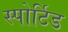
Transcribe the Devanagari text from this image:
स्पोर्टिड